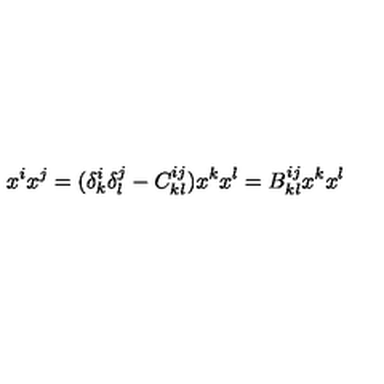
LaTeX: x ^ { i } x ^ { j } = ( \delta _ { k } ^ { i } \delta _ { l } ^ { j } - C _ { k l } ^ { i j } ) x ^ { k } x ^ { l } = B _ { k l } ^ { i j } x ^ { k } x ^ { l }